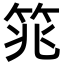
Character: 筄